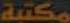
مكتبة